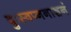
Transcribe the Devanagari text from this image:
दुःस्वप्ननाशनं